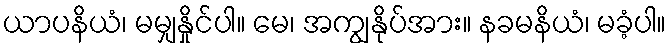
ယာပနိယံ၊ မမျှနှိုင်ပါ။ မေ၊ အကျွနိုပ်အား။ နခမနိယံ၊ မခံ့ပါ။